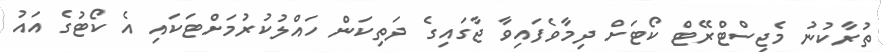
ތުރާކުނު މެޖިސްޓްރޭޓް ކޯޓަށް ދިމާވެފައިވާ ޖާގައިގެ ދަތިކަން ހައްލުކުރުމަށްޓަކައި އެ ކޯޓުގެ އައު